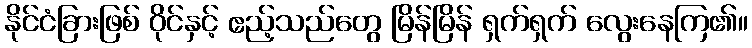
နိုင်ငံခြားဖြစ် ဝိုင်နှင့် ဧည့်သည်တွေ မြိန်မြိန် ရှက်ရှက် လွေးနေကြ၏။